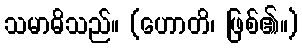
သမာဓိသည်။ (ဟောတိ၊ ဖြစ်၏။)